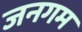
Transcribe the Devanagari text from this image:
जनगम